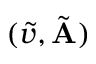
( \tilde { v } , \tilde { \mathbf { A } } )